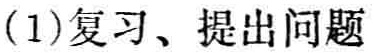
(1)复习、提出问题